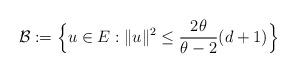
LaTeX: \begin{align*} \mathcal{B}:=\Big\{u \in E:\|u\|^2\leq \frac{2\theta}{\theta-2}(d+1)\Big\}\end{align*}